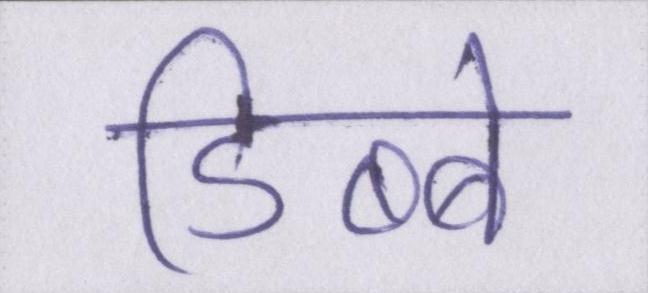
डिब्बे